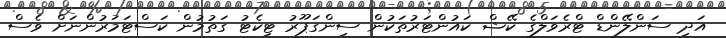
އަދި ސަންލޭންޑް ޓްރެވަލްގެ ކޭޝް ކައުންޓަރުތަކުން ސިންގަޕޫރު ޓިކެޓު ގަތުމުން ކަސްޓަމަރުންނަށް ވެސް